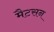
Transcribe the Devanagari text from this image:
मैटसन